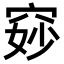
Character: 𫁐